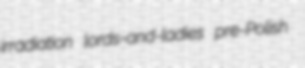
irradiation lords-and-ladies pre-Polish